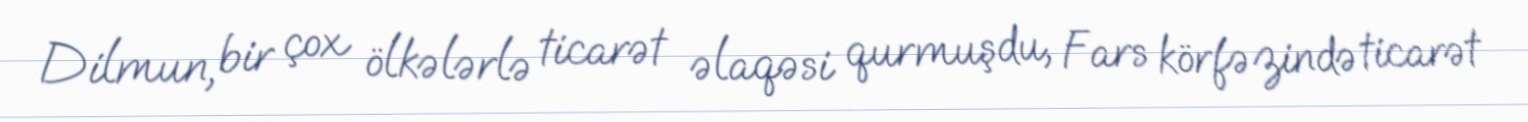
Dilmun, bir çox ölkələrlə ticarət əlaqəsi qurmuşdu, Fars körfəzində ticarət